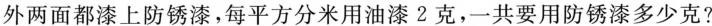
外两面都漆上防锈漆，每平方分米用油漆2克，一共要用防锈漆多少克?